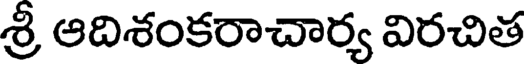
శ్రీ ఆదిశంకరాచార్య విరచిత